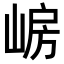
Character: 𡸰